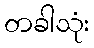
တခါသုံး